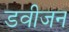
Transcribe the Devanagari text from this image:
डवीजन